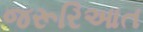
જરૂરિઆત